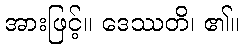
အားဖြင့်။ ဒေဿတိ၊ ၏။